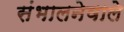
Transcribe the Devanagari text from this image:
संभालनेवाले